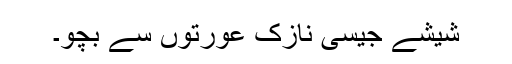
شیشے جیسی نازک عورتوں سے بچو۔